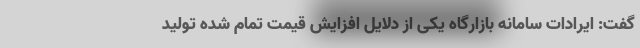
گفت: ایرادات سامانه بازارگاه یکی از دلایل افزایش قیمت تمام شده تولید